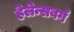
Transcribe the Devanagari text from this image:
हेलेन्सबर्ग